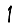
Digit: 1